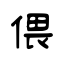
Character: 偎